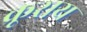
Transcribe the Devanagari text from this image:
क्रूराय